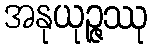
အနုယုဉ္ဇဿု